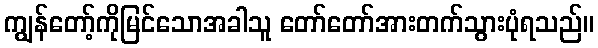
ကျွန်တော့်ကိုမြင်သောအခါသူ တော်တော်အားတက်သွားပုံရသည်။